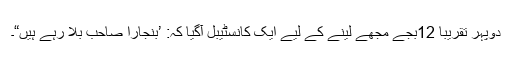
دوپہر تقریباً 12بجے مجھے لینے کے لیے ایک کانسٹیبل آگیا کہ: ’بنجارا صاحب بلا رہے ہیں“۔